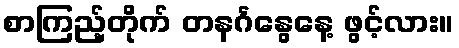
စာကြည့်တိုက် တနင်္ဂနွေနေ့ ဖွင့်လား။